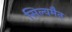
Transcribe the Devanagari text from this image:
सिल्वमैन